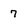
Character: 7